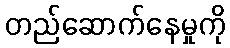
တည်ဆောက်နေမှုကို